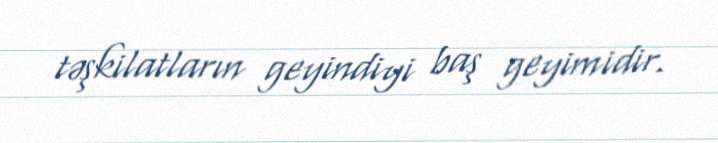
təşkilatların geyindiyi baş geyimidir.